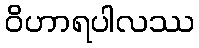
ဝိဟာရပါလဿ